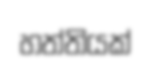
හත්තියක්